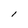
Character: 1